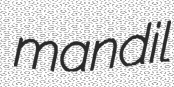
mandil